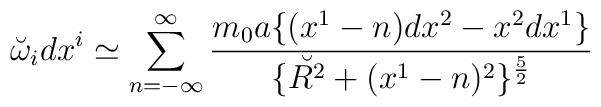
\breve{ \omega}_i dx^i \simeq \sum_{n=-\infty}^\infty {m_0 a \{(x^1-n)dx^2 -x^2  dx^1\}\over\{ \breve{ R^2} + (x^{1}-n)^2\}^{5\over 2}}\,